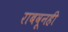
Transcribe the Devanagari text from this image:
राबवूनही